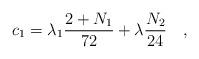
LaTeX: \begin{align*}c_1 = \lambda_1 \frac{2+N_1}{72} + \lambda \frac{N_2}{24}~~~,\end{align*}